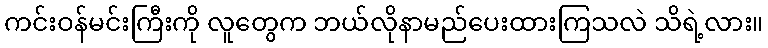
ကင်းဝန်မင်းကြီးကို လူတွေက ဘယ်လိုနာမည်ပေးထားကြသလဲ သိရဲ့လား။